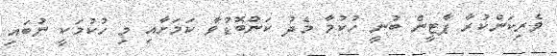
ވެރިކަންކުރާ ޕާޓީން ބުނީ ހުކުމާ މެދު ކަންބޮޑުވާ ކަމަށާއި މި ހުކުމަކީ ނުބައި